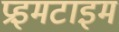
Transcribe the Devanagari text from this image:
प्रइमटाइम